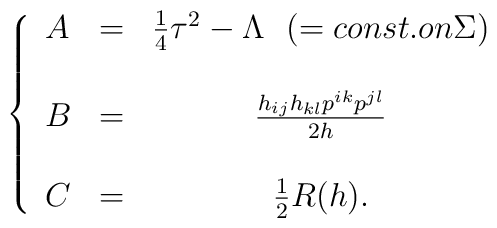
\left\{ \begin{array}{lcc}  A &=& \frac{1}{4}\tau^{2}-\Lambda \mbox{ \ }(= const. on \Sigma)\\    & &                                                          \\  B &=& \frac{h_{ij}h_{kl}p^{ik}p^{jl}}{2h} \\    & &                                      \\  C &=& \frac{1}{2}R(h).  \end{array} \right.